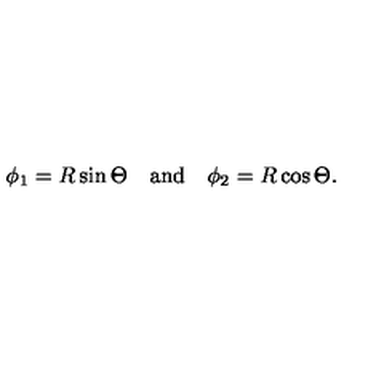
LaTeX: \phi _ { 1 } = R \sin \Theta \quad \mathrm { a n d } \quad \phi _ { 2 } = R \cos \Theta .